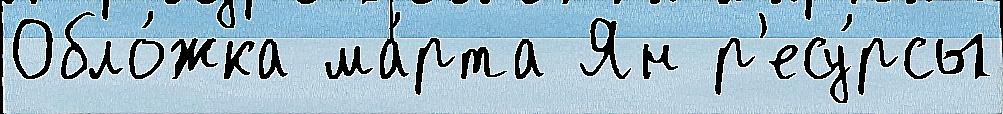
Обло́жка ма́рта Ян р'есу́рсы